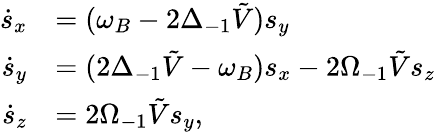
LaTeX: \begin{array}{rl}{\dot{s}_{x}}&{=(\omega_{B}-2\Delta_{-1}\tilde{V})s_{y}}\\ {\dot{s}_{y}}&{=(2\Delta_{-1}\tilde{V}-\omega_{B})s_{x}-2\Omega_{-1}\tilde{V}s_{z}}\\ {\dot{s}_{z}}&{=2\Omega_{-1}\tilde{V}s_{y},}\end{array}